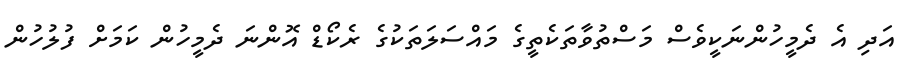
އަދި އެ ދެމީހުންނަކީވެސް މަސްތުވާތަކެތީގެ މައްސަލަތަކުގެ ރެކޯޑް އޮންނަ ދެމީހުން ކަމަށް ފުލުހުން